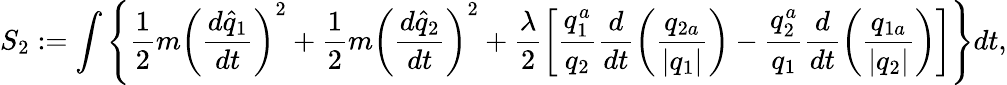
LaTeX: S_{2}:=\int\Bigg\{ \frac{1}{2}m\left(\frac{d\widehat{q}_{1}}{dt}\right)^{2}+\frac{1}{2}m\left(\frac{d\widehat{q}_{2}}{dt}\right)^{2}+\frac{\lambda}{2}\left[\frac{q_{1}^{a}}{q_{2}}\frac{d}{dt}\left(\frac{q_{2a}}{\vert q_{1}\vert}\right)-\frac{q_{2}^{a}}{q_{1}}\frac{d}{dt}\left(\frac{q_{1a}}{\vert q_{2}\vert}\right)\right]\Bigg\} dt,